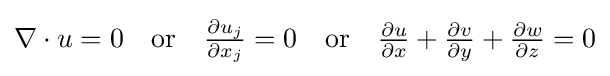
{\textstyle \nabla \cdot u=0\quad {\textrm {or}}\quad {\frac {\partial u_{j}}{\partial x_{j}}}=0\quad {\textrm {or}}\quad {\frac {\partial u}{\partial x}}+{\frac {\partial v}{\partial y}}+{\frac {\partial w}{\partial z}}=0}